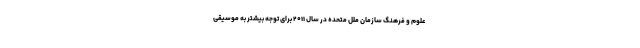
علوم و فرهنگ سازمان ملل متحده در سال ۲۰۱۱ برای توجه بیشتر به موسیقی